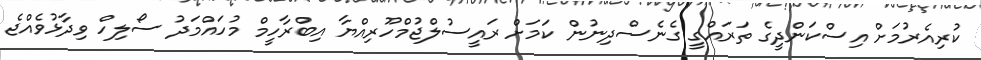
ކުރިއެރުމަށް އިސްކަންދީގެ ތަރައްގީ ގެނެސްދިނުން ކަމަށް ރައީސުލްޖުމްހޫރިއްޔާ އިބްރާހީމް މުހައްމަދު ސޯލިހް ވިދާޅުވެއްޖެ